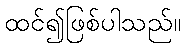
ထင်၍ဖြစ်ပါသည်။